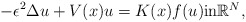
\begin{align*}-\epsilon^2\Delta u + V(x)u = K(x)f(u) \mbox{in$\mathbb{R}^N$,}\end{align*}